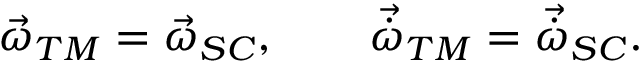
\begin{array} { r } { \vec { \omega } _ { T M } = \vec { \omega } _ { S C } , \qquad \vec { \dot { \omega } } _ { T M } = \vec { \dot { \omega } } _ { S C } . } \end{array}